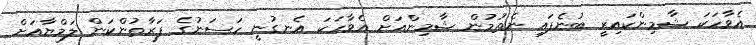
އެވާހަކަ ޝާމިންކައިރީ ބުނެފައި ނެތުމުން ޝާމިންއަށް އެވާހަކަ އެނގުނީ ހަސަނުގެ ފަރާތުންކަން ލަމްޔާއަށް